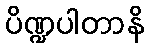
ပိဏ္ဍပါတာနိ